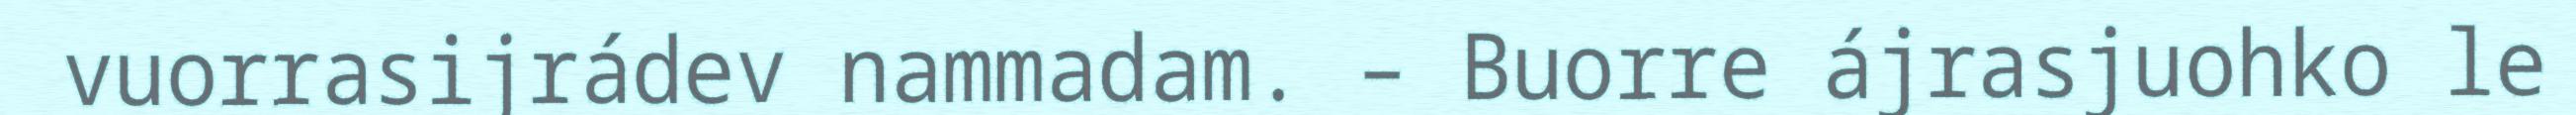
vuorrasijrádev nammadam. – Buorre ájrasjuohko le